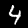
Label: 4